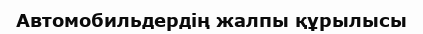
Автомобильдердің жалпы құрылысы